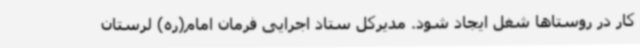
کار در روستاها شغل ایجاد شود. مدیرکل ستاد اجرایی فرمان امام(ره) لرستان